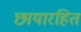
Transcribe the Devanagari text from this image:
छायारहित